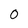
Character: 0